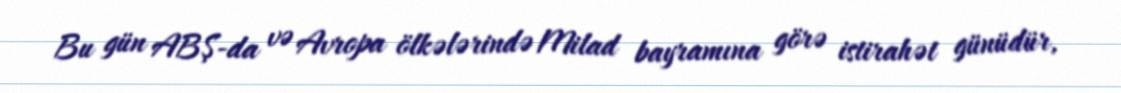
Bu gün ABŞ-da və Avropa ölkələrində Milad bayramına görə istirahət günüdür,